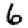
Digit: 6